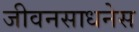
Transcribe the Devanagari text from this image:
जीवनसाधनेस